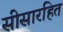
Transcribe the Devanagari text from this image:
सीसारहित